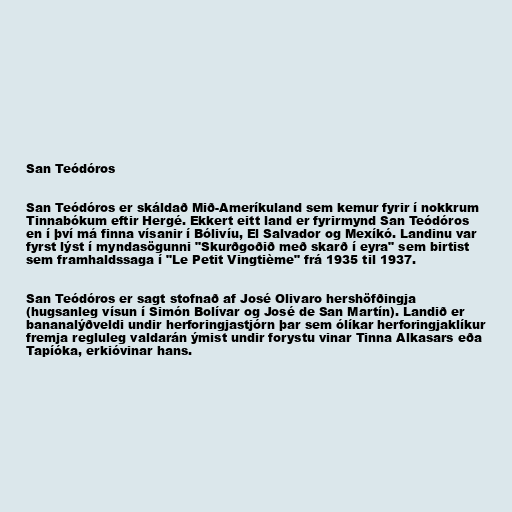
San Teódóros

San Teódóros er skáldað Mið-Ameríkuland sem kemur fyrir í nokkrum
Tinnabókum eftir Hergé. Ekkert eitt land er fyrirmynd San Teódóros
en í því má finna vísanir í Bólivíu, El Salvador og Mexíkó. Landinu var
fyrst lýst í myndasögunni "Skurðgoðið með skarð í eyra" sem birtist
sem framhaldssaga í "Le Petit Vingtième" frá 1935 til 1937.

San Teódóros er sagt stofnað af José Olivaro hershöfðingja
(hugsanleg vísun í Simón Bolívar og José de San Martín). Landið er
bananalýðveldi undir herforingjastjórn þar sem ólíkar herforingjaklíkur
fremja regluleg valdarán ýmist undir forystu vinar Tinna Alkasars eða
Tapíóka, erkióvinar hans.